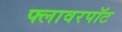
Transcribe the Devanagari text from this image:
फ्लावरपॉट